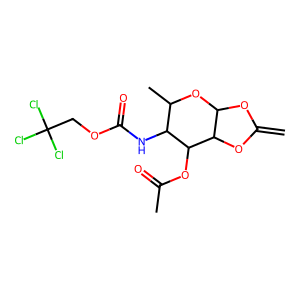
SMILES: C=C1OC2OC(C)C(NC(=O)OCC(Cl)(Cl)Cl)C(OC(C)=O)C2O1
Inhibits HIV replication: No